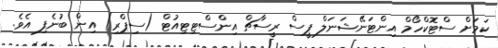
ކަމަށް ސްޓޮކްހޯމް އިންޓަނޭޝަނަލް ޕީސް ރީސާޗް އިންސްޓިޓިއުޓް (ސިޕްރި) އިން ބުނެފި އެވެ.